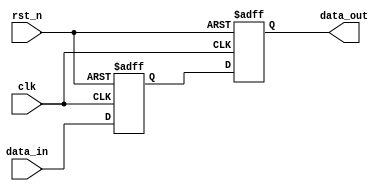
module negative_edge_sensitive_behavior (
    input wire clk,           // Clock signal
    input wire rst_n,        // Active low reset signal
    input wire [7:0] data_in, // 8-bit input data
    output reg [7:0] data_out // 8-bit output data
);

// Internal state variable
reg [7:0] internal_state;

// Always block sensitive to the negative edge of clk
always @ (negedge clk or negedge rst_n) begin
    if (!rst_n) begin
        // Reset condition: initialize internal state and output
        internal_state <= 8'b0;  // Initialize to 0
        data_out <= 8'b0;         // Initialize output to 0
    end else begin
        // On the falling edge of clk, update states
        internal_state <= data_in; // Capture input data
        data_out <= internal_state; // Update output
    end
end

endmodule